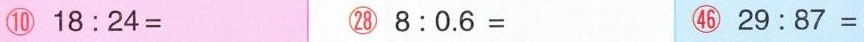
⑩$$1 8 : 2 4 =$$ ㉘ $$8 : 0 . 6 =$$ ㊻ $$2 9 : 8 7 =$$